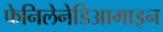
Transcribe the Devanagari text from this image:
फेनिलेनेडिआमाइन